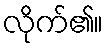
လိုက်၏။